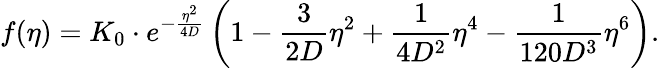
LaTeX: f(\eta)=K_{0}\cdot e^{-\frac{\eta^{2}}{4D}}\left(1-\frac{3}{2D}\eta^{2}+\frac{1}{4D^{2}}\eta^{4}-\frac{1}{120D^{3}}\eta^{6}\right).